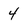
Character: 4